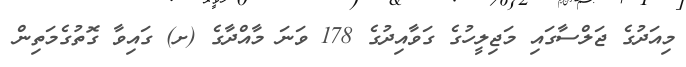
މިއަދުގެ ޖަލްސާގައި މަޖިލީހުގެ ގަވާއިދުގެ 178 ވަނަ މާއްދާގެ (ށ) ގައިވާ ގޮތުގެމަތިން